Indian journal of veterinary science and animal husbandry - Volume 10,
Year: 1940
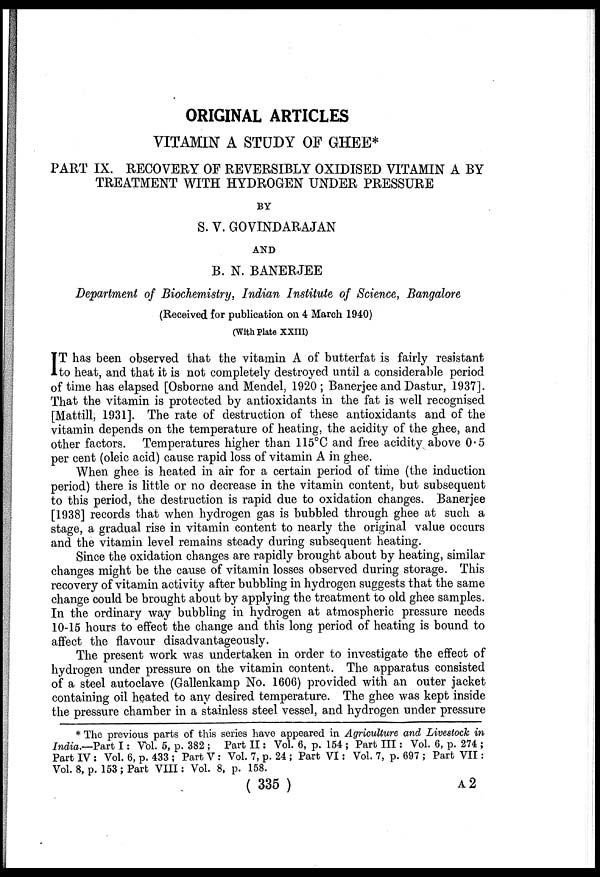
ORIGINAL ARTICLES
VITAMIN A STUDY OF GHEE*
PART IX. RECOVERY OF REVERSIBLY OXIDISED VITAMIN A BY
TREATMENT WITH HYDROGEN UNDER PRESSURE
BY
S. V. GOVINDARAJAN
AND
B. N. BANERJEE
Department of Biochemistry, Indian Institute of Science, Bangalore
(Received for publication on 4 March 1940)
(With Plate XXIII)
I T has been observed that the vitamin A of butterfat is fairly resistant
to heat, and that it is not completely destroyed until a considerable period
of time has elapsed [Osborne and Mendel, 1920 ; Banerjee and Dastur, 1937].
That the vitamin is protected by antioxidants in the fat is well recognised
[Mattillm, 1931]. The rate of destruction of these antioxidants and of the
vitamin depends on the temperature of heating, the acidity of the ghee, and
other factors. Temperatures higher than 115°C and free acidity above 0.5
per cent (oleic acid) cause rapid loss of vitamin A in ghee.
When ghee is heated in air for a certain period of time (the induction
period) there is little or no decrease in the vitamin content, but subsequent
to this period, the destruction is rapid due to oxidation changes. Banerjee
[1938] records that when hydrogen gas is bubbled through ghee at such a
stage, a gradual rise in vitamin content to nearly the original value occurs
and the vitamin level remains steady during subsequent heating.
Since the oxidation changes are rapidly brought about by heating, similar
changes might be the cause of vitamin losses observed during storage. This
recovery of vitamin activity after bubbling in hydrogen suggests that the same
change could be brought about by applying the treatment to old ghee samples.
In the ordinary way bubbling in hydrogen at atmospheric pressure needs
10-15 hours to effect the change and this long period of heating is bound to
affect the flavour disadvantageously.
The present work was undertaken in order to investigate the effect of
hydrogen under pressure on the vitamin content. The apparatus consisted
of a steel autoclave (Gallenkamp No. 1606) provided with an outer jacket
containing oil heated to any desired temperature. The ghee was kept inside
the pressure chamber in a stainless steel vessel, and hydrogen under pressure
* The previous parts of this series have appeared in Agriculture and Livestock in
India.—Part I: Vol. 5, p. 382 ; Part II: Vol. 6, p. 154 ; Part III: Vol. 6, p. 274 ;
Part IV : Vol. 6, p. 433 ; Part V : Vol. 7, p. 24 ; Part VI: Vol. 7, p. 697 ; Part VII:
Vol. 8, p. 153 ; Part VIII: Vol. 8, p. 158.
( 335 )
A2